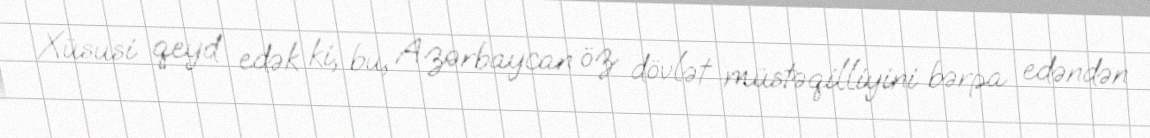
Xüsusi qeyd edək ki, bu, Azərbaycan öz dövlət müstəqilliyini bərpa edəndən